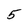
Character: 5